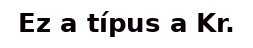
Ez a típus a Kr.